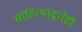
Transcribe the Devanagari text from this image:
साहित्याद्वारेही